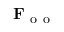
\mathbf { F } _ { \mathrm { ~ o ~ o ~ } }